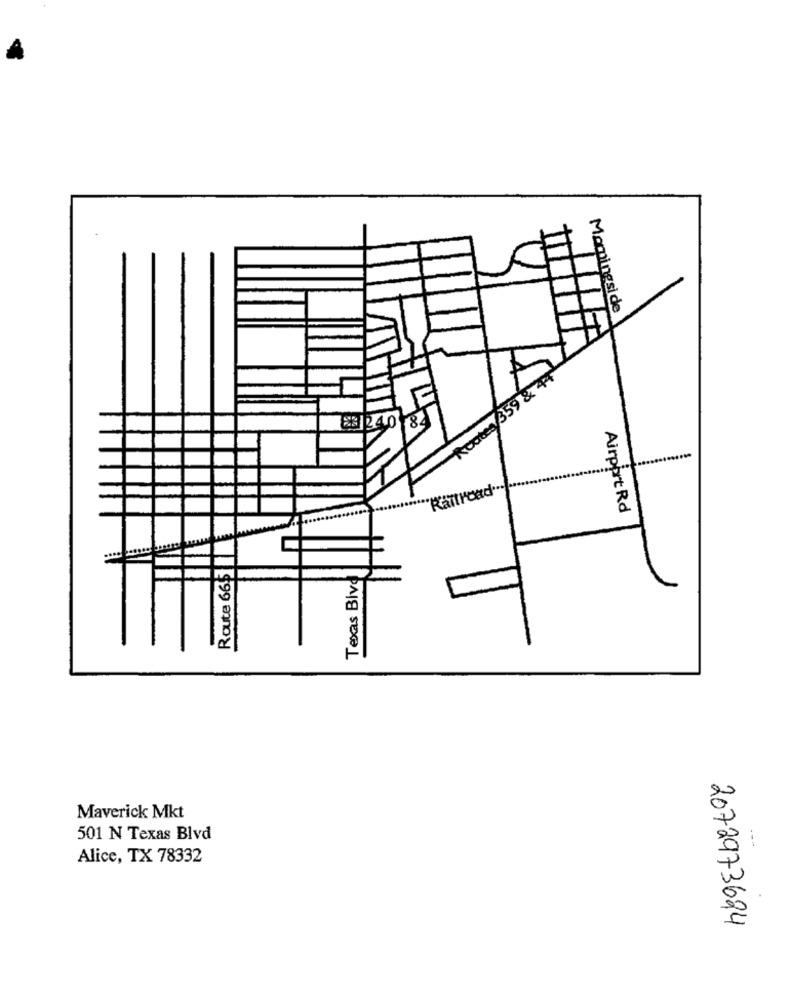
Momingsi de
Ruates 359 & 44
"Rantroad"
Airport Rd
Route 665
E
Texas Biv
Maverick Mkt
501 N Texas Blvd
---
Alice, TX 78332
2072973624